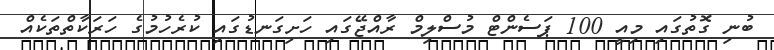
ބުނި ގޮތުގައި މިއީ 100 ޕަސެންޓް މުސްލިމް ރާއްޖޭގައި ހަށިގަނޑުގައި ކުރެހުމުގެ ހަރަކާތްތަކެއް